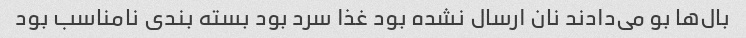
بال‌ها بو می‌دادند نان ارسال نشده بود غذا سرد بود بسته بندی نامناسب بود